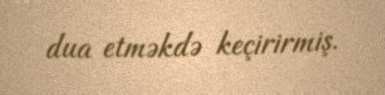
dua etməkdə keçirirmiş.